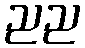
ညည